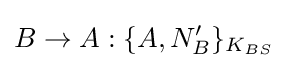
B\rightarrow A:\{A,N_{B}'\}_{K_{BS}}